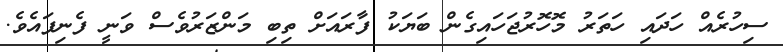
ސިހުރެއް ހަދައި ހަތަރު މޮހޮރުޖަހައިގެން ބަޔަކު ފާރައަށް ތިބި މަންޒަރުވެސް ވަނީ ފެނިފައެވެ.